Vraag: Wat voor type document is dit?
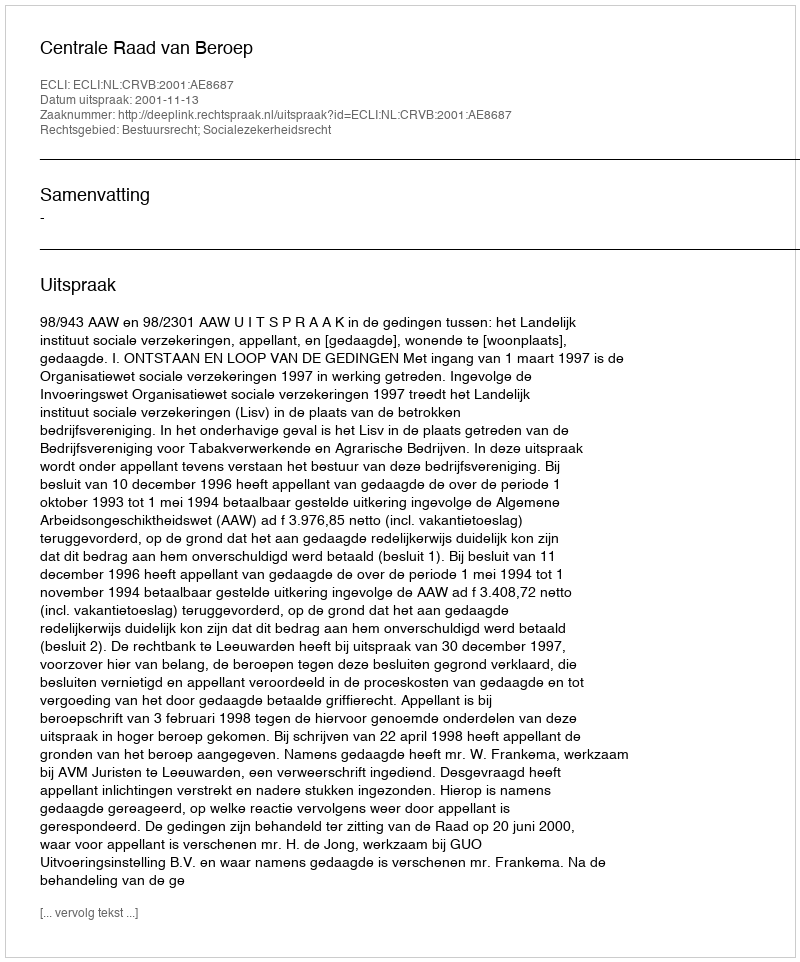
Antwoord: Uitspraak